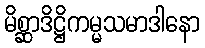
မိစ္ဆာဒိဋ္ဌိကမ္မသမာဒါနော